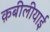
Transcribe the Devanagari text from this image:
क़बीलीयाई